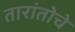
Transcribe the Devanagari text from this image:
तारांतोचे